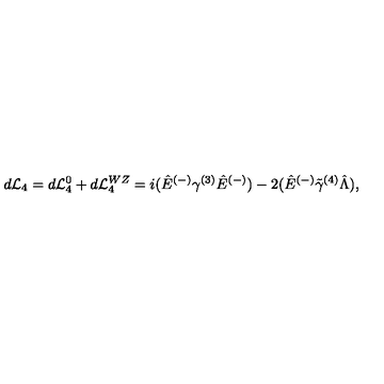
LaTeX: d { \cal L } _ { 4 } = d { \cal L } _ { 4 } ^ { 0 } + d { \cal L } _ { 4 } ^ { W Z } = i ( \hat { E } ^ { ( - ) } \gamma ^ { ( 3 ) } \hat { E } ^ { ( - ) } ) - 2 ( \hat { E } ^ { ( - ) } \tilde { \gamma } ^ { ( 4 ) } \hat { \Lambda } ) ,